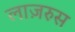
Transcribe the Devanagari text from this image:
लाज़रुस